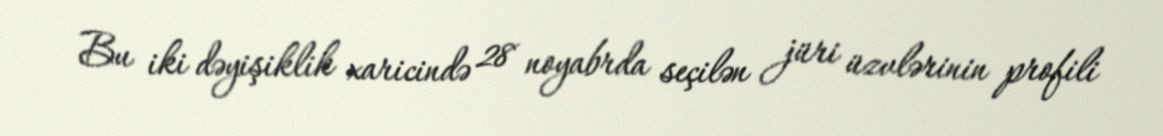
Bu iki dəyişiklik xaricində 28 noyabrda seçilən jüri üzvlərinin profili